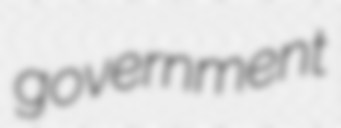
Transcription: government